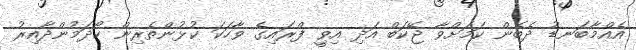
އެއްމާބަނޑު ދެބެން ކަމަށްވާ ޖޭކަބް އަދި އިވިީ ފްރައިގެ ވާހަކަ ކުޅުންތެރިން ހޯދަމުންދާއިރު